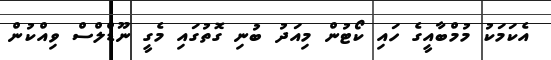
އެކަމަކު މުމްބާއީގެ ހައި ކޯޓުން މިއަދު ބުނި ގޮތުގައި މެގީ ނޫޑްލްސް ވިއްކުން